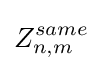
Z_{n,m}^{same}